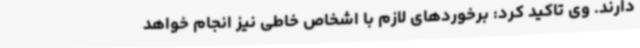
دارند. وی تاکید کرد: برخوردهای لازم با اشخاص خاطی نیز انجام خواهد